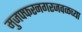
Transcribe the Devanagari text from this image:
मुजफ्फरनगरजवळच्या